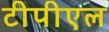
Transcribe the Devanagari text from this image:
टीपीएल